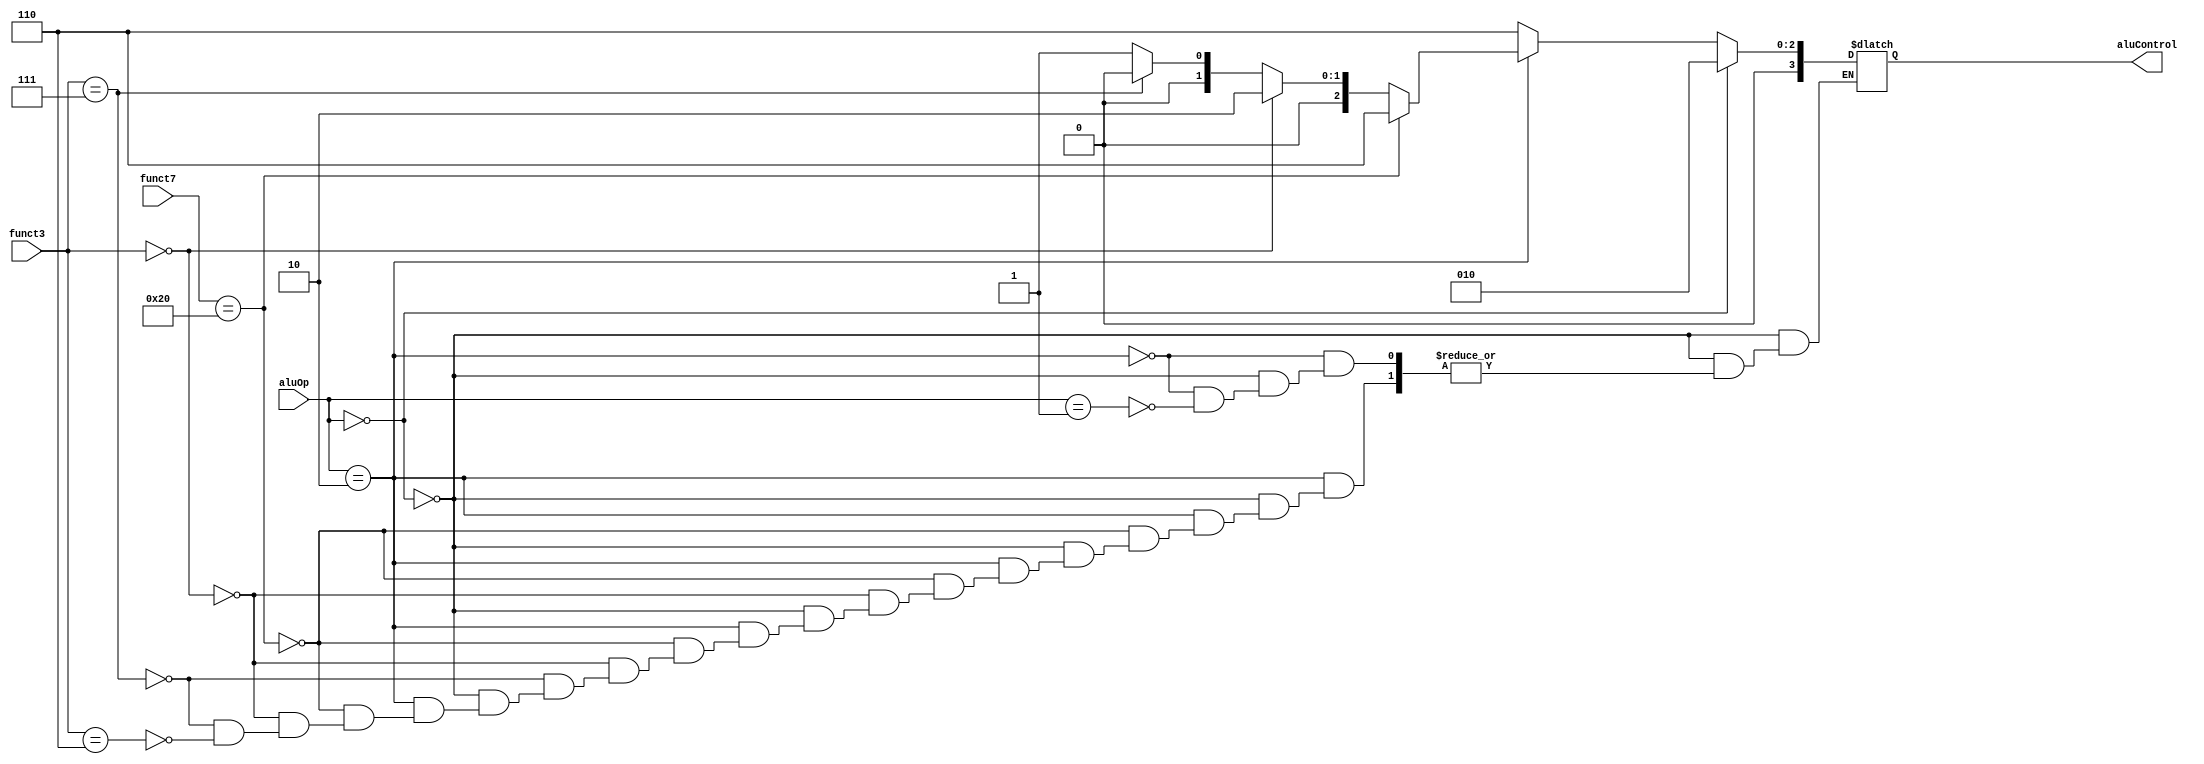
module alu_control(aluOp, funct7, funct3, aluControl);
    input [1:0] aluOp;
    input [6:0] funct7;
    input [2:0] funct3;
    output reg [3:0] aluControl;

    always @( * ) begin
      if (aluOp == 2'b00) begin
        aluControl = 4'b0010;
      end else if (aluOp == 2'b10) begin
        if (funct7 == 7'b0100000) begin
          aluControl = 4'b0110;
        end else if (funct3 == 3'b000) begin
          aluControl = 4'b0010;
        end else if (funct3 == 3'b111) begin
          aluControl = 4'b0000;
        end else if (funct3 == 3'b110) begin
          aluControl = 4'b0001;
        end
      end else if (aluOp == 2'b01) begin
        aluControl = 4'b0110;
      end
    end
endmodule